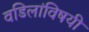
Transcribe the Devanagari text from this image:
वडिलांविषयी